Vaccination North-Western Provinces and Oudh 1896-1901 - 1896-1901
Year: 1896
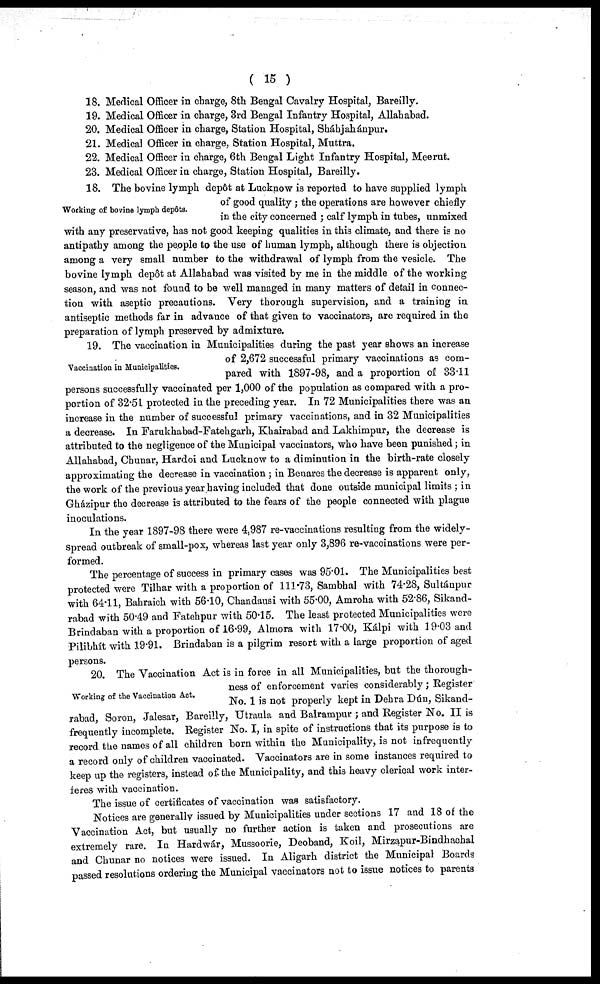
( 15 )
18. Medical Officer in charge, 8th Bengal Cavalry Hospital, Bareilly.
19. Medical Officer in charge, 3rd Bengal Infantry Hospital, Allahabad.
20. Medical Officer in charge, Station Hospital, Sháahjaháanpur.
21. Medical Officer in charge, Station Hospital, Muttra.
22. Medical Officer in charge, 6th Bengal Light Infantry Hospital, Meerut.
23. Medical Officer in charge, Station Hospital, Bareilly.
Working of bovine lymph depôts.
18. The bovine lymph depôt at Lucknow is reported to have supplied lymph
of good quality ; the operations are however chiefly
in the city concerned ; calf lymph in tubes, unmixed
with any preservative, has not good keeping qualities in this climate, and there is no
antipathy among the people to the use of human lymph, although there is objection
among a very small number to the withdrawal of lymph from the vesicle. The
bovine lymph depôt at Allahabad was visited by me in the middle of the working
season, and was not found to be well managed in many matters of detail in connec-
tion with aseptic precautions. Very thorough supervision, and a training in
antiseptic methods far in advance of that given to vaccinators, are required in the
preparation of lymph preserved by admixture.
Vaccination in Municipalities.
19. The vaccination in Municipalities during the past year shows an increase
of 2,672 successful primary vaccinations as com-
pared with 1897-98, and a proportion of 33.11
persons successfully vaccinated per 1,000 of the population as compared with a pro-
portion of 32.51 protected in the preceding year. In 72 Municipalities there was an
increase in the number of successful primary vaccinations, and in 32 Municipalities
a decrease. In Farukhabad-Fatehgarh, Khairabad and Lakhimpur, the decrease is
attributed to the negligence of the Municipal vaccinators, who have been punished; in
Allahabad, Chunar, Hardoi and Lucknow to a diminution in the birth-rate closely
approximating the decrease in vaccination ; in Benares the decrease is apparent only,
the work of the previous year having included that done outside municipal limits ; in
Gházipur the decrease is attributed to the fears of the people connected with plague
inoculations.
In the year 1897-98 there were 4,987 re-vaccinations resulting from the widely-
spread outbreak of small-pox, whereas last year only 3,896 re-vaccinations were per-
formed.
The percentage of success in primary cases was 95.01. The Municipalities best
protected were Tilhar with a proportion of 111.73, Sambhal with 74.28, Sultánpur
with 64.11, Bahraich with 56.10, Chandausi with 55.00, Amroha with 52.86, Sikand-
rabad with 50.49 and Fatehpur with 50.15. The least protected Municipalities were
Brindaban with a proportion of 16.99, Almora with 17.00, Kálpi with 19.03 and
Pilibhít with 19.91. Brindaban is a pilgrim resort with a large proportion of aged
persons.
Working of the Vaccination Act.
20.
The Vaccination Act is in force in all Municipalities, but the thorough-
ness of enforcement varies considerably; Register
No. 1 is not properly kept in Dehra Dún, Sikand-
rabad, Soron, Jalesar, Bareilly, Utraula and Balrampur ; and Register No. II is
frequently incomplete. Register No. I, in spite of instructions that its purpose is to
record the names of all children born within the Municipality, is not infrequently
a record only of children vaccinated. Vaccinators are in some instances required to
keep up the registers, instead of the Municipality, and this heavy clerical work inter-
feres with vaccination.
The issue of certificates of vaccination was satisfactory.
Notices are generally issued by Municipalities under sections 17 and 18 of the
Vaccination Act, but usually no further action is taken and prosecutions are
extremely rare. In Hardwár, Mussoorie, Deoband, Koil, Mirzapur-Bindhachal
and Chunar no notices were issued. In Aligarh district the Municipal Boards
passed resolutions ordering the Municipal vaccinators not to issue notices to parents